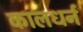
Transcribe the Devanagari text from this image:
कालधर्न